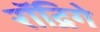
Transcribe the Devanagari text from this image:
रॉद्रिगे